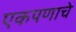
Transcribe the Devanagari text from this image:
एकपणाचे